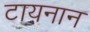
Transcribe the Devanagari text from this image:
टायनान